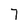
Character: 7